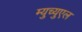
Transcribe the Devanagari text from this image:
म्युच्युएल